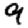
Digit: 9